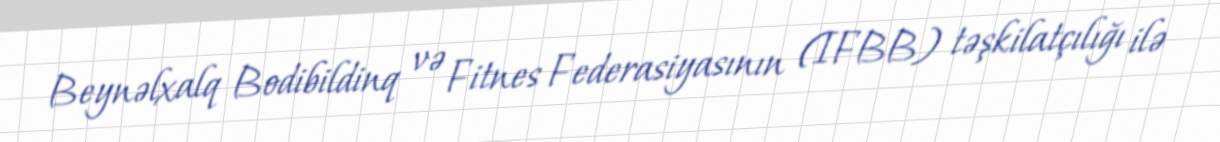
Beynəlxalq Bodibildinq və Fitnes Federasiyasının (IFBB) təşkilatçılığı ilə